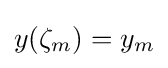
y(\zeta _{m})=y_{m}